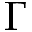
\Gamma